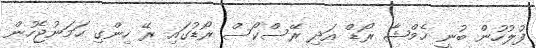
ފުލުހުން ބުނީ ހެމްޝާ ރޯޑް އަދި ރޭސްކޯސް ރޯޑުގައި ރޭ ހިންގި ހަމަނުޖެހުން